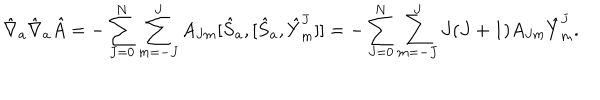
{ \hat { \nabla } } _ { a } { \hat { \nabla } } _ { a } { \hat { A } } = - \sum _ { J = 0 } ^ { N } \sum _ { m = - J } ^ { J } A _ { J m } [ { \hat { S } } _ { a } , [ { \hat { S } } _ { a } , { \hat { Y } } _ { m } ^ { J } ] ] = - \sum _ { J = 0 } ^ { N } \sum _ { m = - J } ^ { J } J ( J + 1 ) A _ { J m } { \hat { Y } } _ { m } ^ { J } .